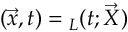
\boldsymbol { \mathbf { \ell } } ( \vec { x } , t ) = \boldsymbol { \mathbf { \ell } } _ { L } ( t ; \vec { X } )